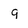
Character: 9